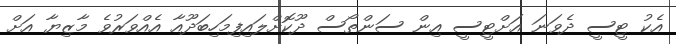
އެކު ޓީސީ ދެވަނަ އަށްޓީސީ އިން ސަންތޯސް ދޫކޮށްލައިފިމަހިބަދޫއާ އެއްވަރުވެ މާޒިޔާ އަށް